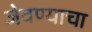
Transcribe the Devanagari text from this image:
जेवण्याचा